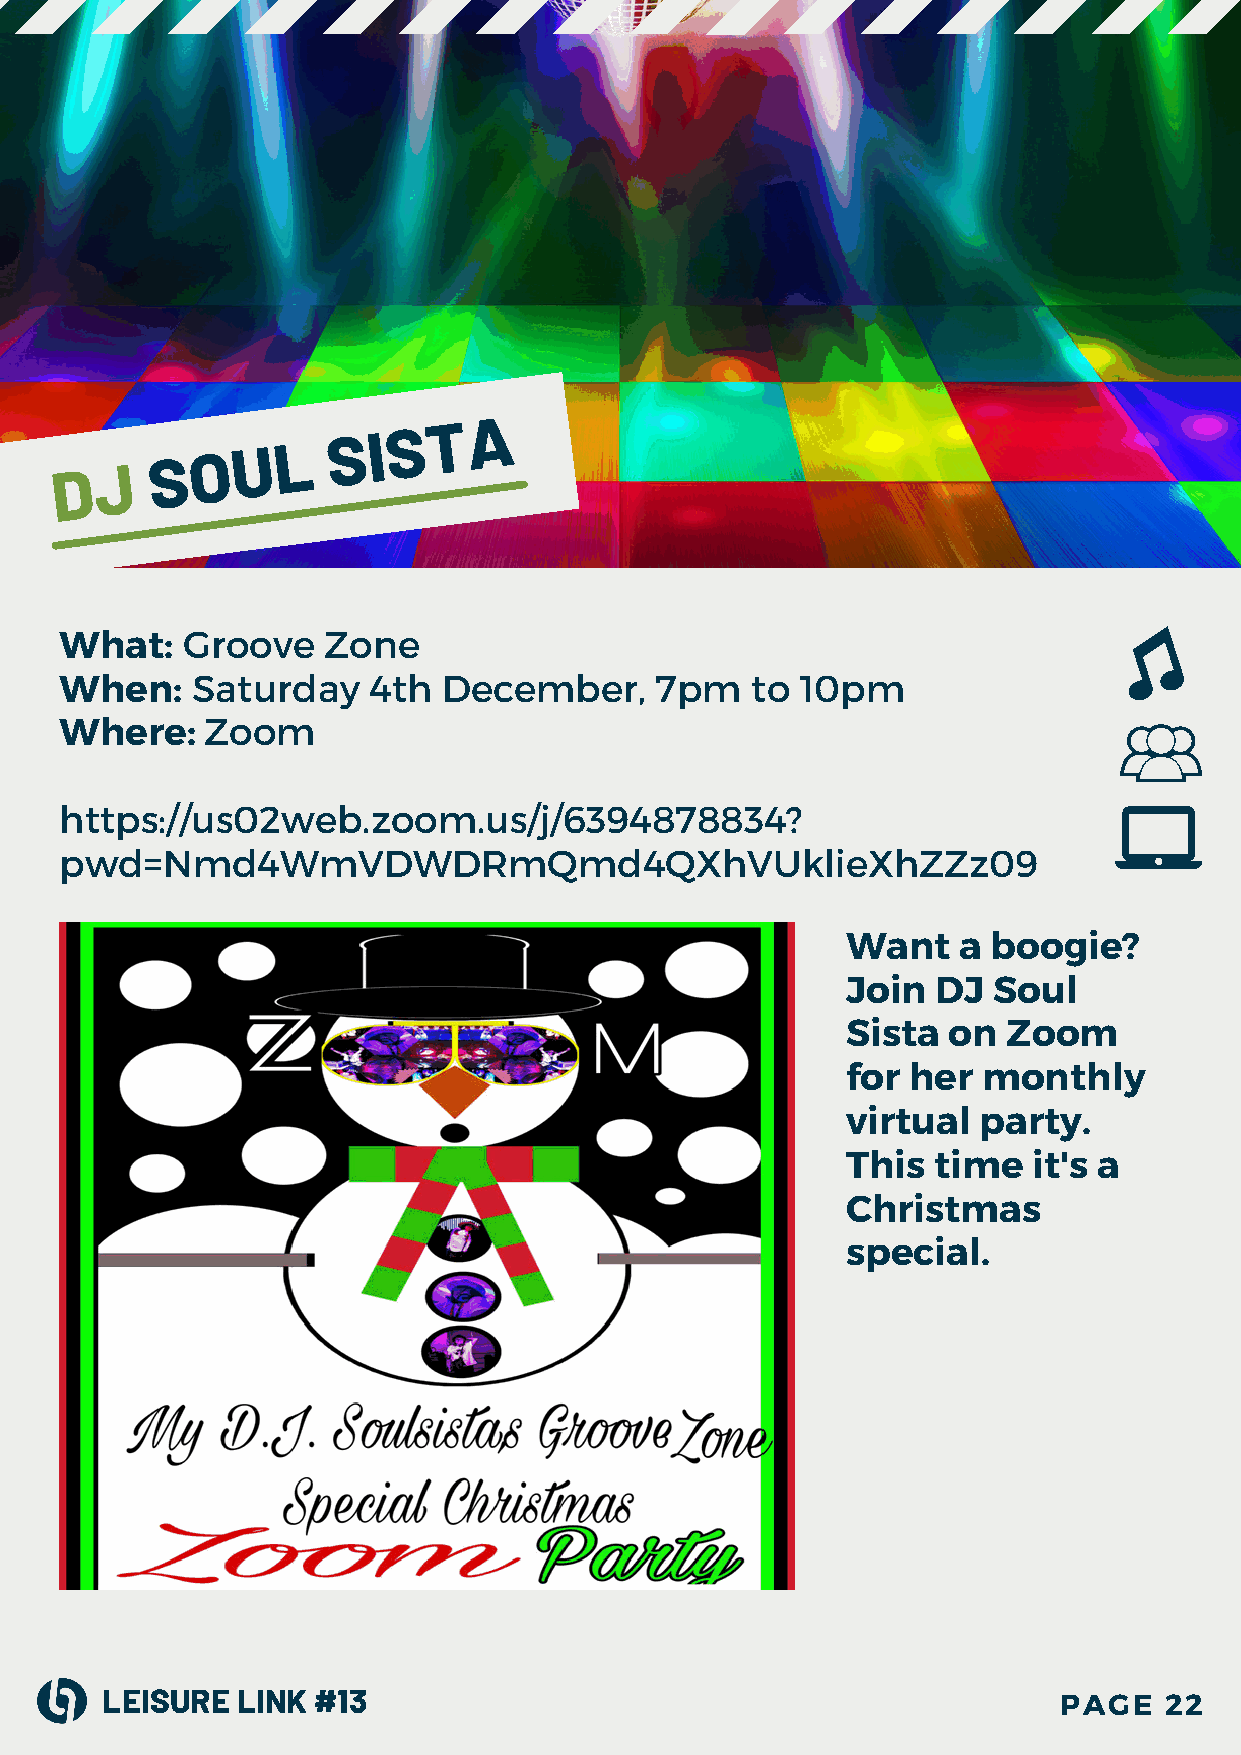
D  J
 S  O  U L
 S  I S T A
 What:   Groove   Zone
 When:    Saturday   4th  December,     7pm    to 10pm
 Where:    Zoom
 https://us02web.zoom.us/j/6394878834?
 pwd=Nmd4WmVDWDRmQmd4QXhVUklieXhZZz09
 Want   a  boogie?
 Join  DJ  Soul
 Sista  on  Zoom
 for her  monthly
 virtual  party.
 This  time  it's a
 Christmas
 special.
 LEISURE  LINK #13                                              PAGE   22